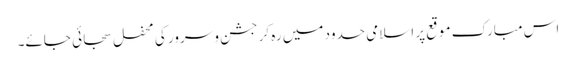
اس مبارک موقع پر اسلامی حدود میں رہ کر جشن و سرور کی محفل سجائی جائے۔